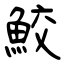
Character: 鮫